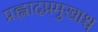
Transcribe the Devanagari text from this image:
प्रह्लादप्रमुखाश्च